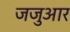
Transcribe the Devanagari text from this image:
जजुआर